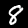
Label: 8